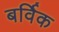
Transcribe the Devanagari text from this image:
बर्विक